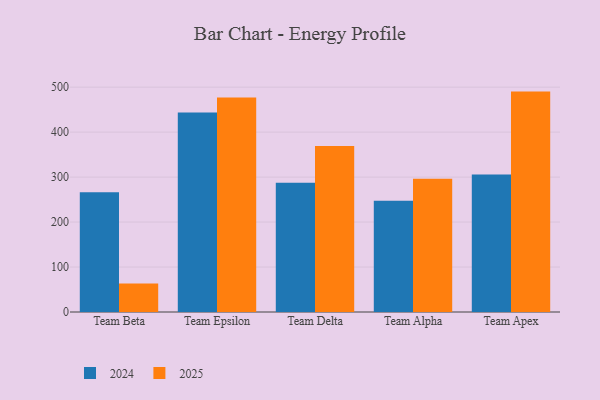
{"axis": {"x": "Team", "y": "Waste Production (Tons)"}, "legend": ["2024", "2025"], "data": [{"x": "Team Beta", "y": 63.6, "type": "2025"}, {"x": "Team Beta", "y": 266.4, "type": "2024"}, {"x": "Team Epsilon", "y": 477.0, "type": "2025"}, {"x": "Team Epsilon", "y": 443.8, "type": "2024"}, {"x": "Team Delta", "y": 369.3, "type": "2025"}, {"x": "Team Delta", "y": 287.4, "type": "2024"}, {"x": "Team Alpha", "y": 296.4, "type": "2025"}, {"x": "Team Alpha", "y": 247.3, "type": "2024"}, {"x": "Team Apex", "y": 490.1, "type": "2025"}, {"x": "Team Apex", "y": 305.8, "type": "2024"}]}